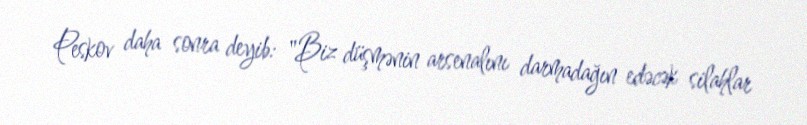
Peskov daha sonra deyib: "Biz düşmənin arsenalını darmadağın edəcək silahlar